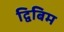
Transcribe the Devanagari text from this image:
द्विबिम